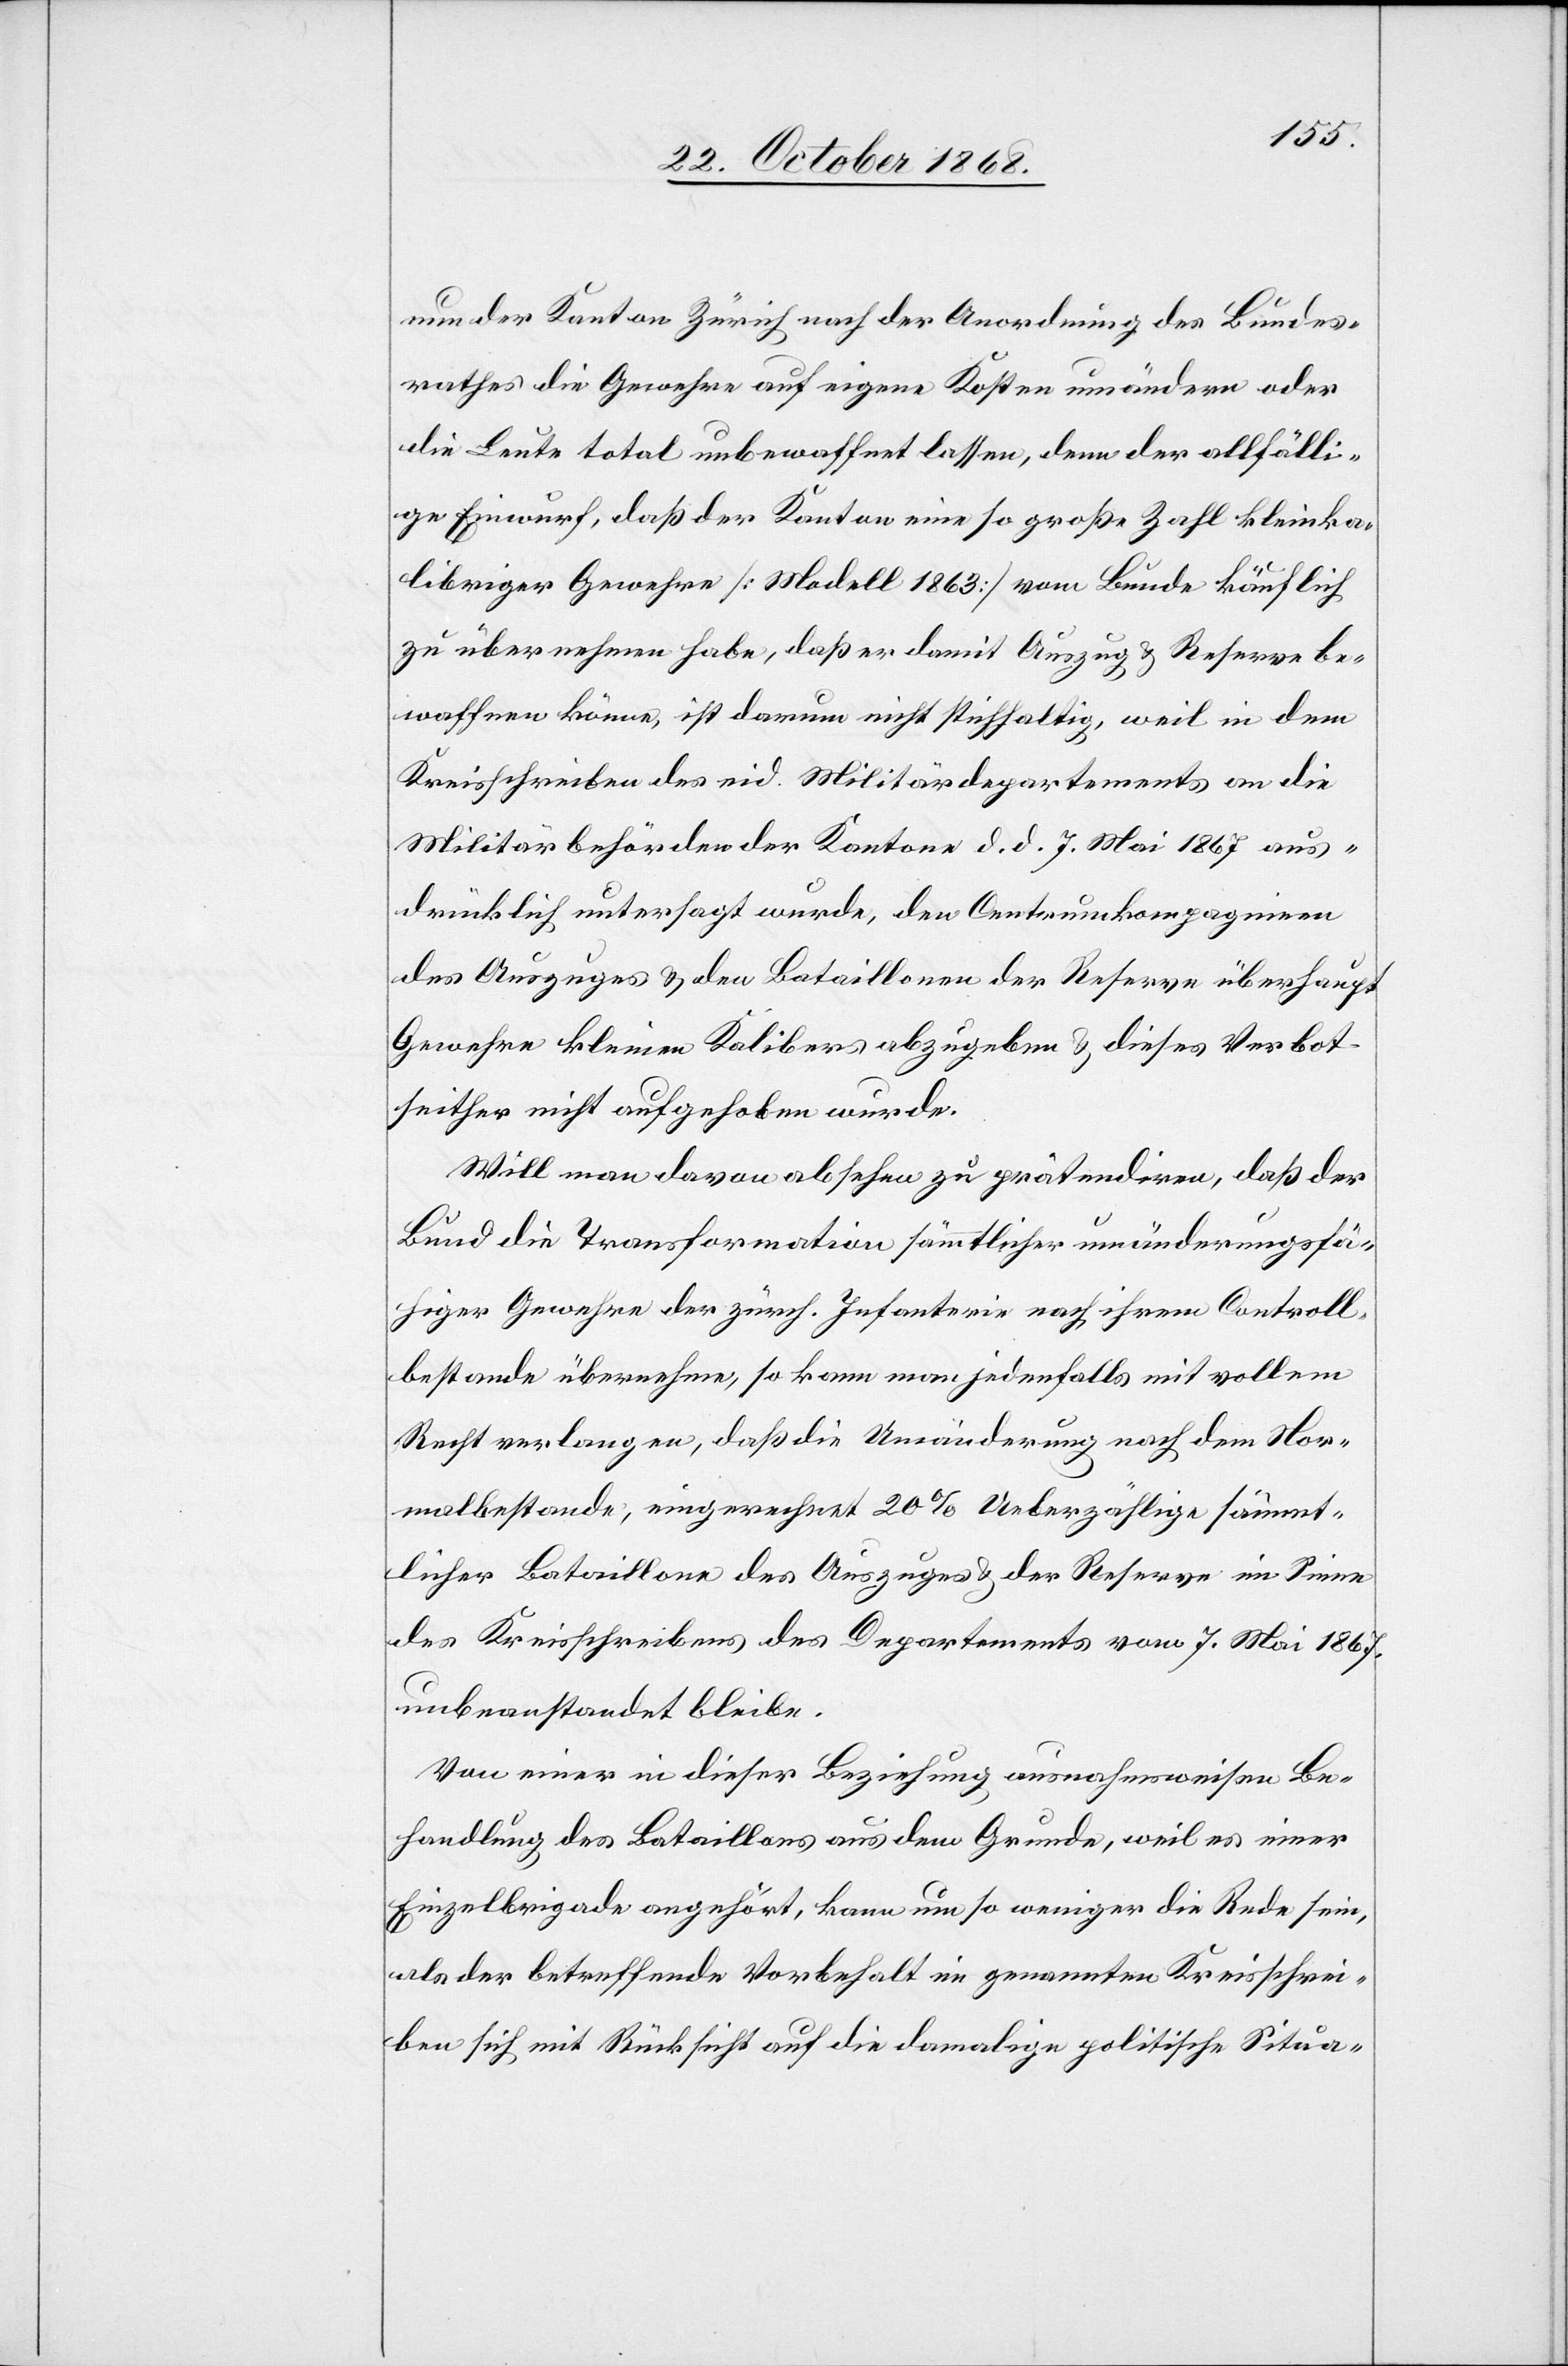
nun der Kanton Zürich nach der Anordnung des Bundes¬
rathes die Gewehre auf eigene Kosten umändern oder
die Leute total unbewaffnet lassen, denn der allfälli¬
ge Einwurf, daß der Kanton eine so große Zahl kleinka¬
libriger Gewehre [Modell 1863] vom Bunde käuflich
zu übernehmen habe, daß er damit Auszug & Reserve be¬
waffnen könne, ist darum nicht stichhaltig, weil in dem
Kreisschreiben des eid. Militärdepartements an die
Militärbehörden der Kantone d. d. 7. Mai 1867 aus¬
drücklich untersagt wurde, den Centrumkompagnieen
des Auszuges & den Bataillonen der Reserve überhaupt
Gewehre kleinen Kalibers abzugeben & dieses Verbot
seither nicht aufgehoben wurde.
Will man davon absehen zu prätendiren, daß der
Bund die Transformation sämmtlicher umänderungsfä¬
higer Gewehre der zürch. Infanterie nach ihrem Controll¬
bestande übernehme, so kann man jedenfalls mit vollem
Recht verlangen, daß die Umänderung nach dem Nor¬
malbestande, eingerechnet 20% Ueberzählige sämmt¬
licher Bataillone des Auszuges & der Reserve im Sinne
des Kreisschreibens des Departements vom 7. Mai 1867.
unbeanstandet bleibe.
Von einer in dieser Beziehung ausnahmsweisen Be¬
handlung des Bataillons aus dem Grunde, weil es einer
Einzelbrigade angehört, kann um so weniger die Rede sein,
als der betreffende Vorbehalt im genannten Kreisschrei¬
ben sich mit Rücksicht auf die damalige politische Situa-